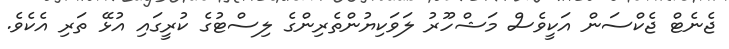
ޖެނެޓް ޖެކްސަން އަކީވެސް މަޝްހޫރު ލަވަކިޔުންތެރިންގެ ލިސްޓުގެ ކުރީގައި އުޅޭ ތަރި އެކެވެ.